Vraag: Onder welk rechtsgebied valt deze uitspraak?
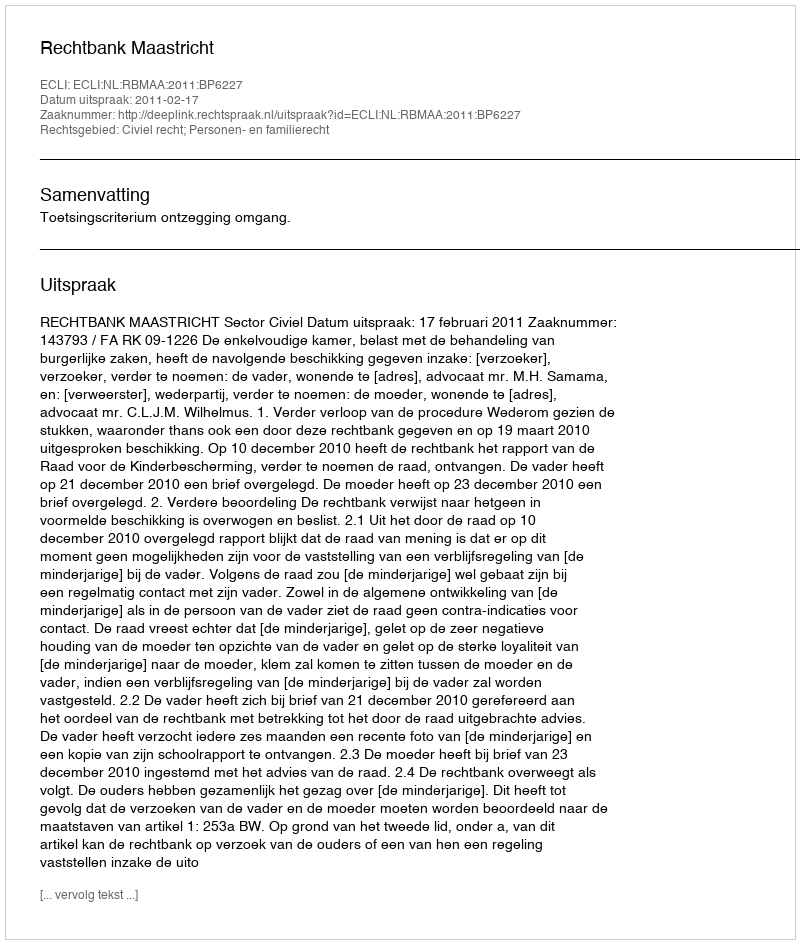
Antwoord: Civiel recht; Personen- en familierecht